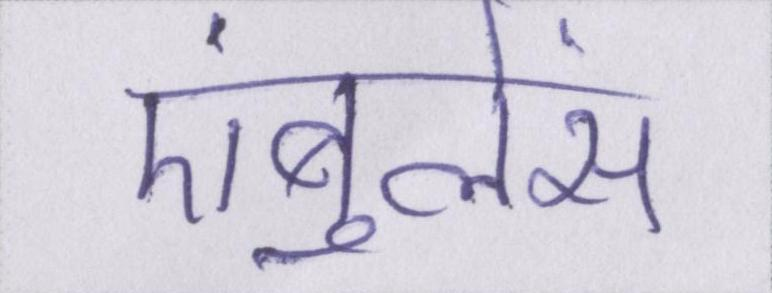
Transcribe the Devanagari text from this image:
एंबुलेंस